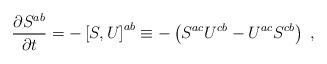
LaTeX: \begin{align*}\frac{\partial S^{ab}}{\partial t} = - \left[S,U\right]^{ab}\equiv- \left(S^{ac}U^{cb}-U^{ac}S^{cb}\right)\;,\end{align*}